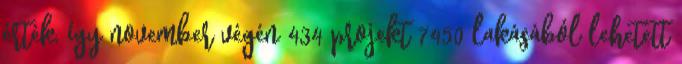
érték, így november végén 434 projekt 7450 lakásából lehetett